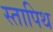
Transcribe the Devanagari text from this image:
स्तापिथ